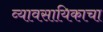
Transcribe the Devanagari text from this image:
व्यावसायिकाचा